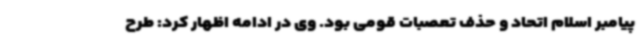
پیامبر اسلام اتحاد و حذف تعصبات قومی بود. وی در ادامه اظهار کرد: طرح